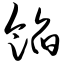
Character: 馅